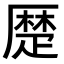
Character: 𠪴